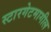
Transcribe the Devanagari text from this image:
स्टारगेटमागील